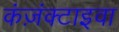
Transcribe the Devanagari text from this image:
कंज़ंक्टाइवा